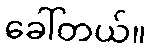
ခေါ်တယ်။